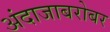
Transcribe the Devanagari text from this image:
अंदाजाबरोबर